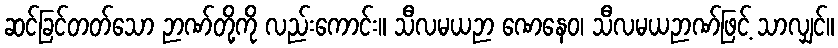
ဆင်ခြင်တတ်သော ဉာဏ်တို့ကို လည်းကောင်း။ သီလမယဉာ ဏေနေဝ၊ သီလမယဉာဏ်ဖြင့် သာလျှင်။